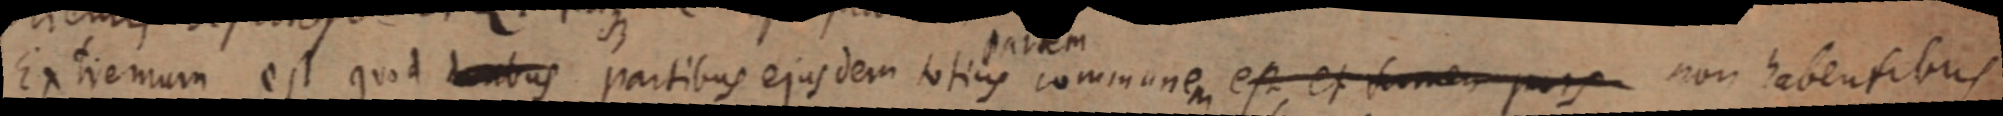
Extremum est quod honbus partibus ejusdem totius communem est, et tamen pars non habentibus